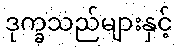
ဒုက္ခသည်များနှင့်